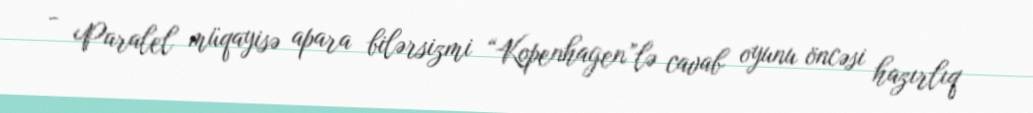
- Paralel müqayisə apara bilərsizmi “Kopenhagen”lə cavab oyunu öncəsi hazırlıq